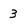
Character: 3